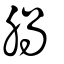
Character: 腡